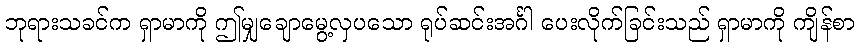
ဘုရားသခင်က ရှာမာကို ဤမျှချောမွေ့လှပသော ရုပ်ဆင်းအင်္ဂါ ပေးလိုက်ခြင်းသည် ရှာမာကို ကျိန်စာ